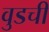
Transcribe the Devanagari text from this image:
वुडची